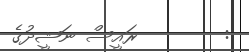
:        ރައީސް ނަޝީދުގެ